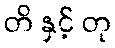
တိ နှင့် တု